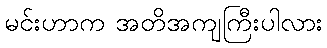
မင်းဟာက အတိအကျကြီးပါလား